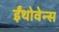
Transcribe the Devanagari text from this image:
ईंथोवेन्स